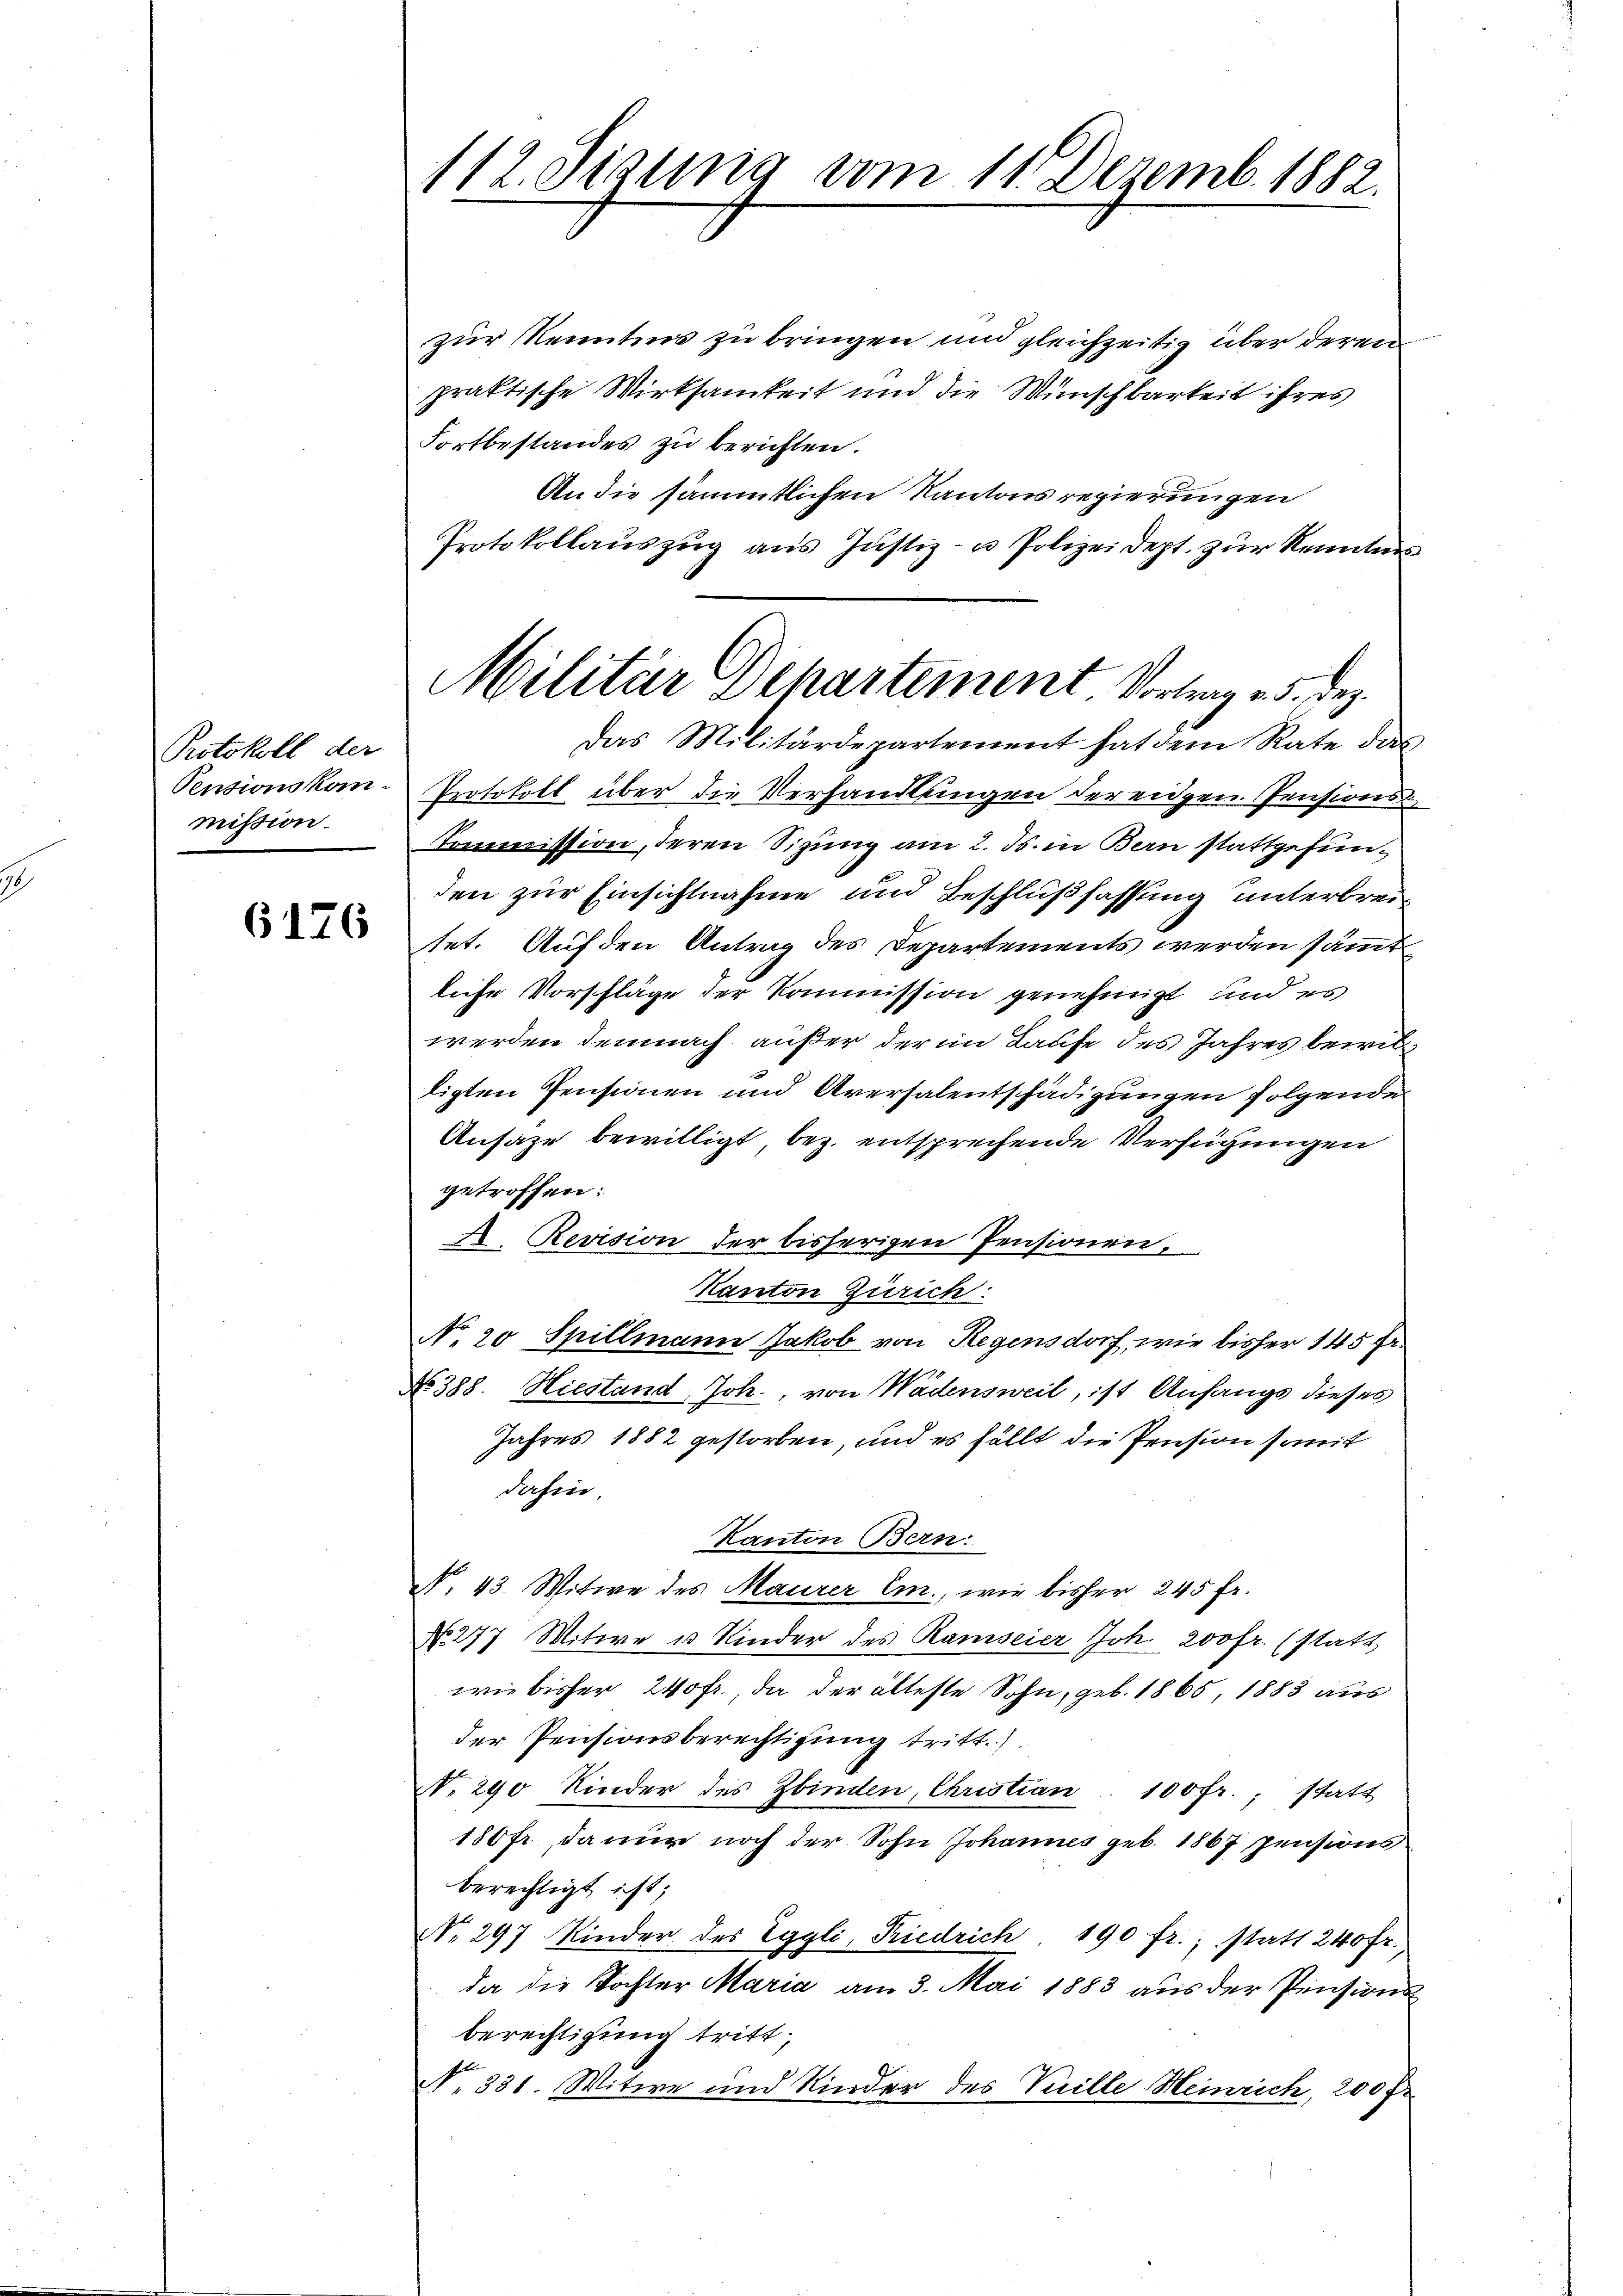
Protokoll der
Pensionskommission.

6176

112. Jesung vom 11. Dezemb. 1882.

zur Kenntnis zu bringen und gleichzeitig über deren
praktische Wirksamkeit und die Wünschbarkeit ihres
Fortbestandes zu berichten.
An die sämmtlichen Kantons regierungen
Protokollauszug aus Justiz- u Polizeidept. zur Kenntnis
Protokoll über die Verhandlungen der eidgen. Pensions¬
Tommission, deren Sizung am 2. ds. in Bern stattgefunden zur Einsichtnahme und Beschlußfassung unterbreitet. Auf den Antrag des Departements werden sämmt
liche Vorschläge der Kommission genehmigt und es
werden demnach außer der im Laufe des Jahres bewiltigten Pensionen und Aversalentschädigungen folgenden
Ansage bewilligt bez. entsprechende Verfügungen
getroffen:
I. Revision der bisherigen Pensionen,
Kanton Zürich:
No. 20 Spillmann Jakob von Regensdorf, wie bisher 145 Fr.
No 388. Hiestand, Joh., von Wädensweil, ist Anfangs dieses
Jahres 1882 gestorben, und es fällt die Pension somit
dahin
Kanton Bern.
N. 43. Witwe des Maurer Em., wie bisher 245 fr.
No. 277 Mitwe u Kinder des Ramseier Joh. 200 fr. (statt
wie bisher 240 fr. da der älteste Sohn, geb. 1865, 1883 aus
der Pensionsberechtigung tritt.)
No. 290 Kinder des Zbinden, Christian. 100 fr.; statt
180 fr., da nur noch der Sohn Johannes geb. 1867 Pensions
berechtigt ist;
No. 297 Kinder des Eggli, Friedrich 190 fr., statt 240 fr.
da die Tochter Maria am 3. Mai 1883 aus der Pensionsberechtigung tritt,
N. 331. Witwe und Kinder des Vuille Heinrich, 200 Fr.

Militär Departement. Vortrag v. 5. Dez.
Das Militärdepartement hat dem Rate das